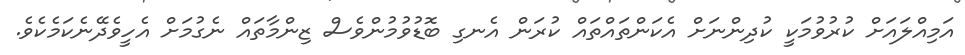
އަމިއްލައަށް ކުރުވުމަކީ ކުދިންނަށް އެކަންތައްތައް ކުރަން އެނގި ބޮޑުވުމުންވެސް ޒިންމާތައް ނެގުމަށް އެހީވެދޭނެކަމެކެވެ.